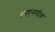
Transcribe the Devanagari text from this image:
एमएनस्पीक